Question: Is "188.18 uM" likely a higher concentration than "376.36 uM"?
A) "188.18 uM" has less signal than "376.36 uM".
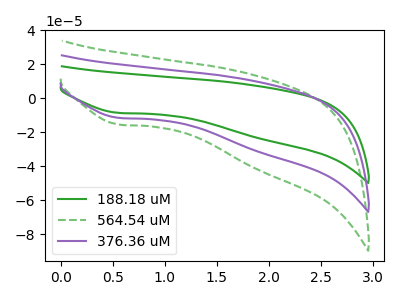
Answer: <think>The green curve "188.18 uM" has a cathodic peak at: (0.55V, -8.60uA). The green dashed curve "564.54 uM" has a cathodic peak at: (0.55V, -23.05uA). The purple curve "376.36 uM" has a cathodic peak at: (0.55V, -11.50uA).
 All the peaks in "188.18 uM" have a peak in "376.36 uM" at the same potential. Every peak in "188.18 uM" is lower than every peak in "376.36 uM".</think>
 <answer>A) "188.18 uM" has less signal than "376.36 uM".</answer>
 <eval>A</eval>